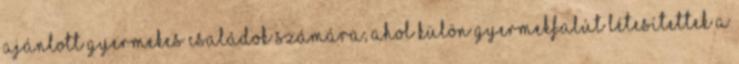
ajánlott gyermekes családok számára, ahol külön gyermekfalút létesítettek a